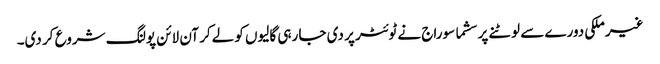
غیرملکی دورے سے لوٹنے پر سشما سوراج نے ٹوئٹر پر دی جا رہی گالیوں کو لےکر آن لائن پولنگ شروع کر دی۔